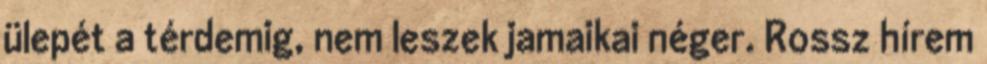
ülepét a térdemig, nem leszek jamaikai néger. Rossz hírem